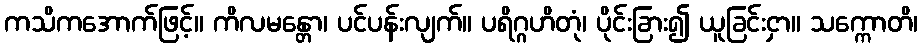
ကသိကအောက်ဖြင့်။ ကိလမန္တော၊ ပင်ပန်းလျက်။ ပရိဂ္ဂဟိတုံ၊ ပိုင်းခြား၍ ယူခြင်းငှာ။ သက္ကောတိ၊